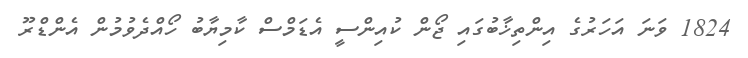
1824 ވަނަ އަހަރުގެ އިންތިޚާބުގައި ޖޯން ކުއިންސީ އެޑަމްސް ކާމިޔާބު ހޯއްދެވުމުން އެންޑްރޫ